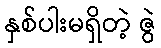
နှစ်ပါးမရှိတဲ့ ဇွဲ